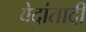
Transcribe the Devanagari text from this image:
वेदांतादी